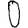
Digit: 0